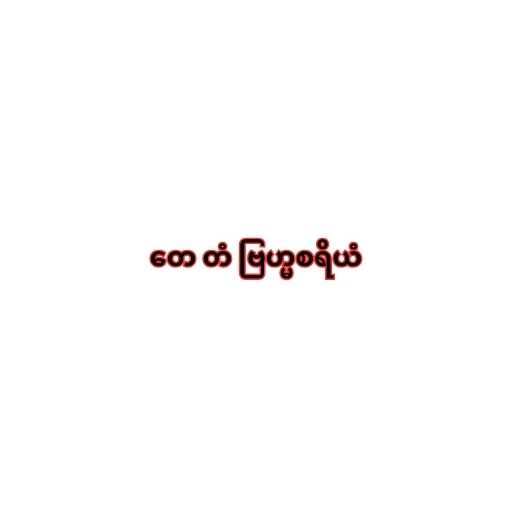
တေ တံ ဗြဟ္မစရိယံ